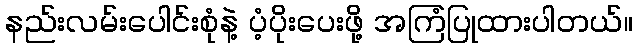
နည်းလမ်းပေါင်းစုံနဲ့ ပံ့ပိုးပေးဖို့ အကြံပြုထားပါတယ်။